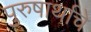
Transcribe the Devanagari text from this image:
पुरुषार्थाचे